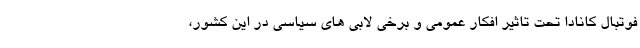
فوتبال کانادا تحت تاثیر افکار عمومی و برخی لابی های سیاسی در این کشور،